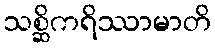
သစ္ဆိကရိဿာမာတိ